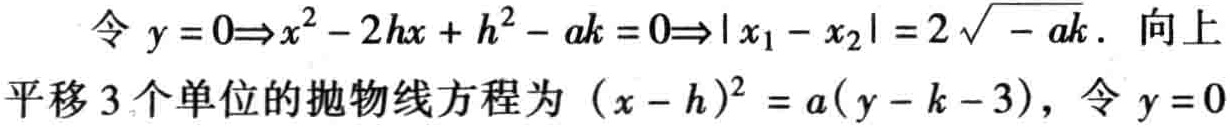
令 \(y = 0\Rightarrow x^{2}-2hx + h^{2}-ak = 0\Rightarrow|x_{1}-x_{2}| = 2\sqrt{-ak}\). 向上平移\(3\)个单位的抛物线方程为 \((x - h)^{2} = a(y - k - 3)\)，令 \(y = 0\)